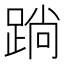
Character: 䠀